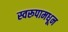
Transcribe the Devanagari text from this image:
स्वरूपामधून